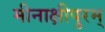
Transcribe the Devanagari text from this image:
मीनाक्षीपुरम्